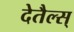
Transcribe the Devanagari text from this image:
देतैल्स्